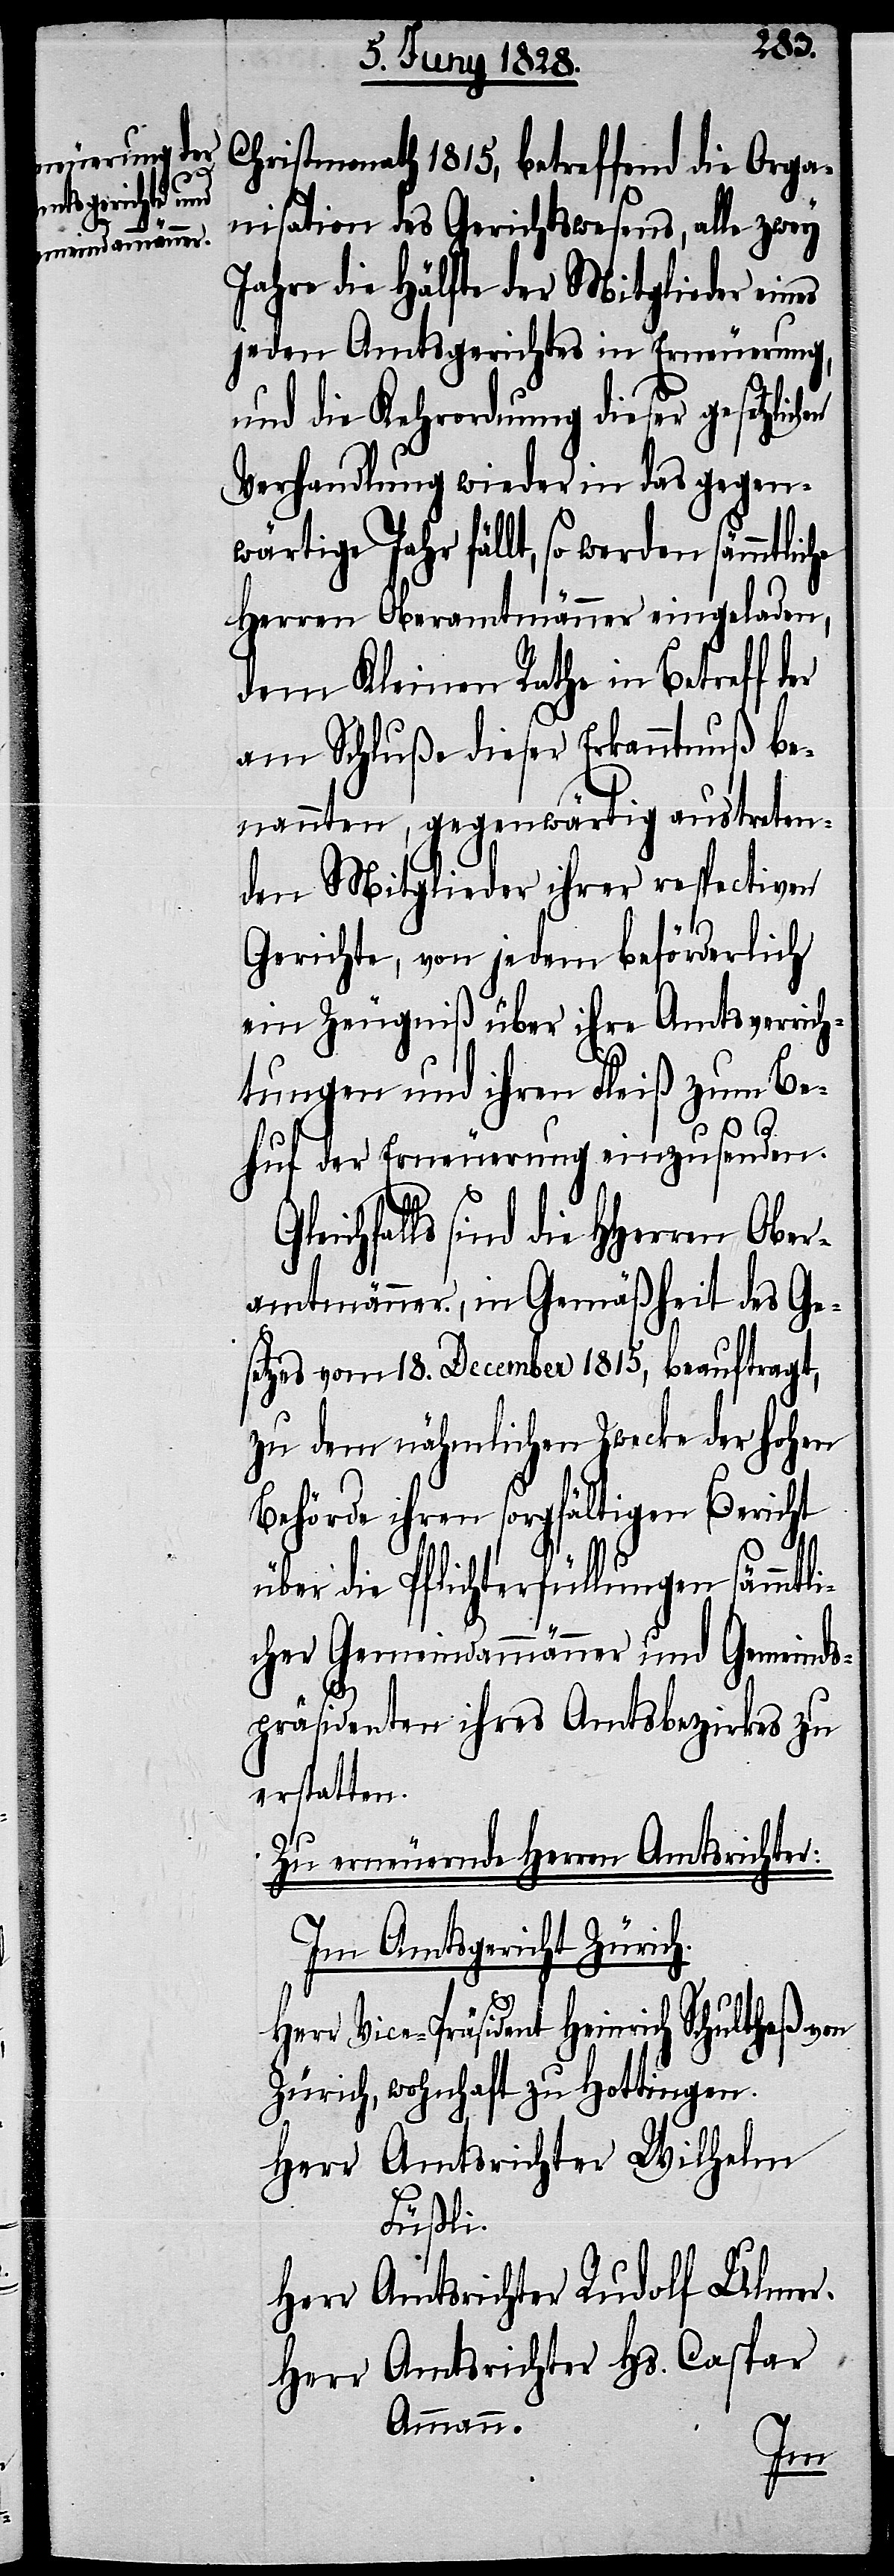
Christmonath 1815, betreffend die Orga¬
nisation des Gerichtswesens, alle zwey
Jahre die Hälfte der Mitglieder eines
jeden Amtsgerichtes in Erneuerung,
und die Kehrordnung dieser gesetzlich¬
Verhandlung wieder in das gegen¬
wärtige Jahr fällt, so werden sämmtlic¬
Herren Oberamtmänner eingeladen,
dem Kleinen Rathe in Betreff der
am Schluße dieser Erkanntnuß be¬
nannten, gegenwärtig austreten¬
den Mitglieder ihrer respectiven
Gerichte, von jedem beförderlich
ein Zeugniß über ihre Amtsverrich¬
tungen und ihren Fleiß zum Be¬
huf der Erneuerung einzusenden.
sind die HHerren Ober¬
amtmänner, in Gemäßheit des Ge¬
setzes vom 18. December 1815, beauftragt,
zu dem nähmlichen Zwecke der hohen
Behörde ihren sorgfältigen Bericht
über die Pflichterfüllungen sämmtli¬
cher Gemeindammänner und Gemeinds¬
präsidenten ihres Amtsbezirkes zu
erstatten.
Zu erneuernde Herren Amtsrichter:
Im Amtsgericht Zürich.
Herr Vice-Präsident Heinrich Schultheß von
Zürich, wohnhaft zu Hottingen.
Herr Amtsrichter Wilhelm
Füßli.
Herr Amtsrichter Rudolf Ulmer.
Herr Amtsrichter Hs. Caspar
Ammann.
he